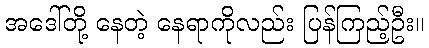
အဒေါ်တို့ နေတဲ့ နေရာကိုလည်း ပြန်ကြည့်ဦး။